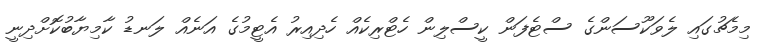
މިމެޗުގައި ލެވަކޫސަންގެ ސްޓެފަން ކީސްލިން ހެޓްރިކެއް ހެދިއިރު އެޓީމުގެ އަނެއް ލަނޑު ކާމިޔާބުކޮށްދިނީ